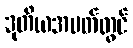
ဒုတိယအပတ်တွင်